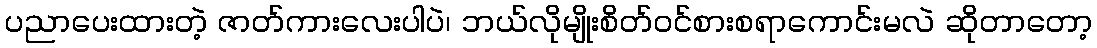
ပညာပေးထားတဲ့ ဇာတ်ကားလေးပါပဲ၊ ဘယ်လိုမျိုးစိတ်ဝင်စားစရာကောင်းမလဲ ဆိုတာတော့